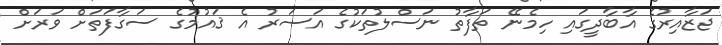
ޖަޒާއިރުގެ އާބާދީގައި ހިމެނޭ ތަފާތު ނަސްލުތަކުގެ އަސަރު އެ ޤައުމުގެ ސަގާފަތަށް ވަރަށް